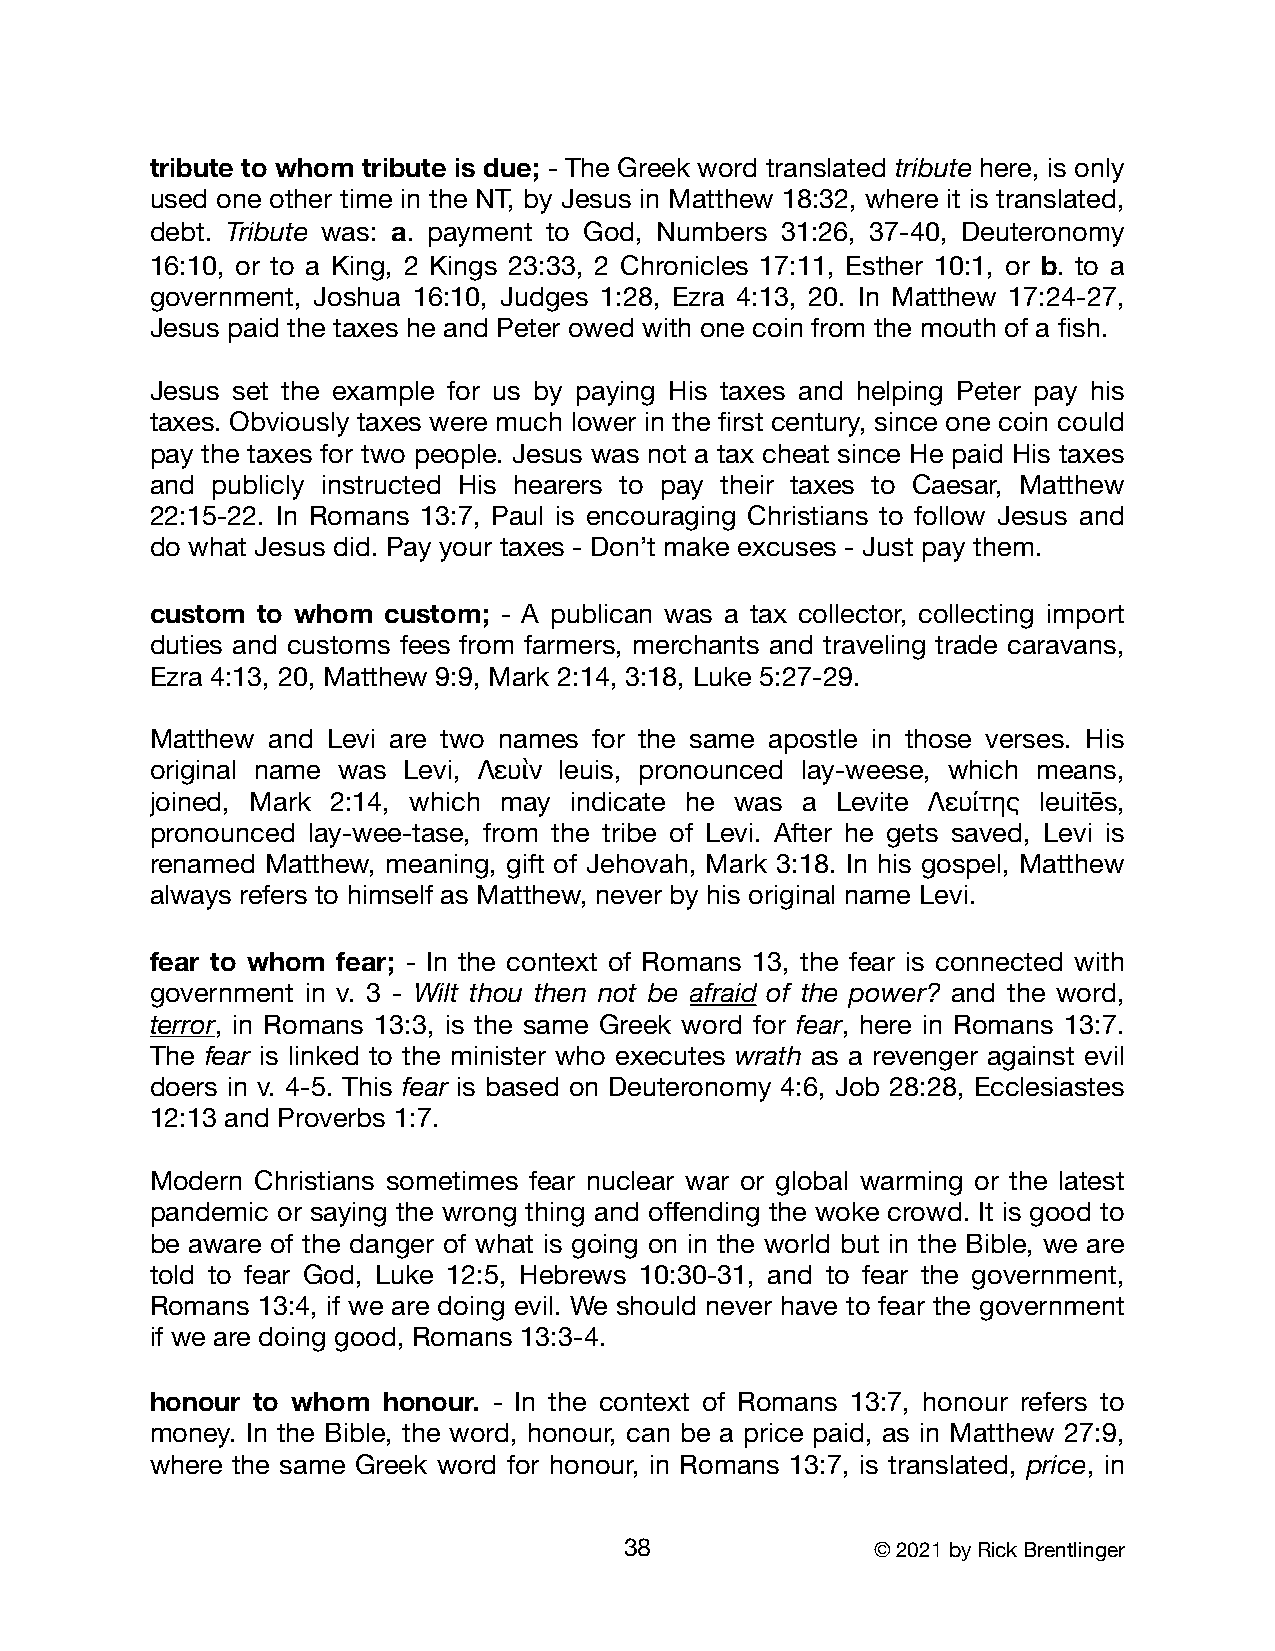
tribute to whom tribute is due; - The Greek word translated tribute here, is only
 used one other time in the NT, by Jesus in Matthew 18:32, where it is translated,
 debt. Tribute was: a. payment to God, Numbers 31:26, 37-40, Deuteronomy
 16:10, or to a King, 2 Kings 23:33, 2 Chronicles 17:11, Esther 10:1, or b. to a
 government, Joshua 16:10, Judges 1:28, Ezra 4:13, 20. In Matthew 17:24-27,
 Jesus paid the taxes he and Peter owed with one coin from the mouth of a fish.
 Jesus set the example for us by paying His taxes and helping Peter pay his
 taxes. Obviously taxes were much lower in the first century, since one coin could
 pay the taxes for two people. Jesus was not a tax cheat since He paid His taxes
 and publicly instructed His hearers to pay their taxes to Caesar, Matthew
 22:15-22. In Romans 13:7, Paul is encouraging Christians to follow Jesus and
 do what Jesus did. Pay your taxes - Don’t make excuses - Just pay them.
 custom to whom  custom; - A publican was a tax collector, collecting import
 duties and customs fees from farmers, merchants and traveling trade caravans,
 Ezra 4:13, 20, Matthew 9:9, Mark 2:14, 3:18, Luke 5:27-29.
 Matthew and Levi are two names for the same apostle in those verses. His
 original name was Levi, Λευὶν leuis, pronounced lay-weese, which means,
 joined, Mark 2:14, which may indicate he was a Levite Λευίτης leuitēs,
 pronounced lay-wee-tase, from the tribe of Levi. After he gets saved, Levi is
 renamed Matthew, meaning, gift of Jehovah, Mark 3:18. In his gospel, Matthew
 always refers to himself as Matthew, never by his original name Levi.
 fear to whom fear; - In the context of Romans 13, the fear is connected with
 government in v. 3 - Wilt thou then not be afraid of the power? and the word,
 terror, in Romans 13:3, is the same Greek word for fear, here in Romans 13:7.
 The fear is linked to the minister who executes wrath as a revenger against evil
 doers in v. 4-5. This fear is based on Deuteronomy 4:6, Job 28:28, Ecclesiastes
 12:13 and Proverbs 1:7.
 Modern Christians sometimes fear nuclear war or global warming or the latest
 pandemic or saying the wrong thing and offending the woke crowd. It is good to
 be aware of the danger of what is going on in the world but in the Bible, we are
 told to fear God, Luke 12:5, Hebrews 10:30-31, and to fear the government,
 Romans 13:4, if we are doing evil. We should never have to fear the government
 if we are doing good, Romans 13:3-4.
 honour to whom honour. - In the context of Romans 13:7, honour refers to
 money. In the Bible, the word, honour, can be a price paid, as in Matthew 27:9,
 where the same Greek word for honour, in Romans 13:7, is translated, price, in
 38               © 2021 by Rick Brentlinger